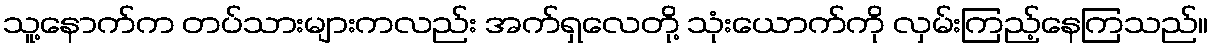
သူ့နောက်က တပ်သားများကလည်း အက်ရှလေတို့ သုံးယောက်ကို လှမ်းကြည့်နေကြသည်။